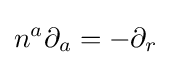
n^{a}\partial _{a}=-\partial _{r}